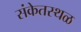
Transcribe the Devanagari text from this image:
संकेतस्‍थळ